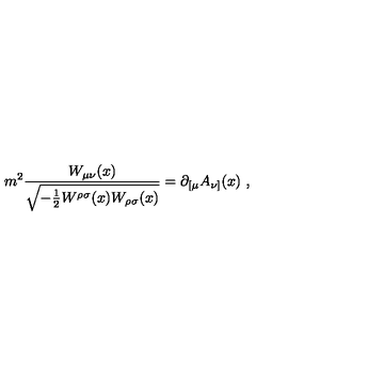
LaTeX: m ^ { 2 } { \frac { W _ { \mu \nu } ( x ) } { \sqrt { - { \frac { 1 } { 2 } } W ^ { \rho \sigma } ( x ) W _ { \rho \sigma } ( x ) } } } = \partial _ { [ \mu } A _ { \nu ] } ( x ) \ ,